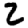
Digit: 2